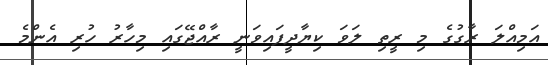
އަމިއްލަ ރާގުގެ މި ރީތި ލަވަ ކިޔާދީފައިވަނީ ރާއްޖޭގައި މިހާރު ހުރި އެންމެ